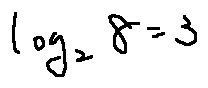
\log _ { 2 } 8 = 3